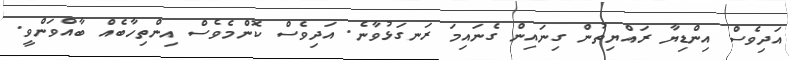
އަދިވެސް އިންޑިޔާ ރައްޔިތުން ގިނައިން ގެނައިމަ ރަނގަޅުވާނެ. އަދިވެސް ކޮންމެވެސް އިންތިހާބެއް ބާއްވަންވީ.